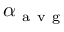
\alpha _ { \mathrm { ~ a ~ v ~ g ~ } }